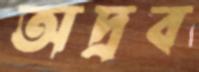
অদ্রব